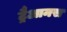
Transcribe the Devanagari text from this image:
ट्रैआनस